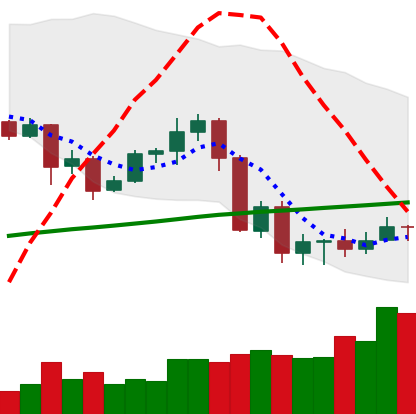
Ticker: ADA-USD
Chart end date: 2020-09-11
Forward return: -5.505%
Label: down_5_7